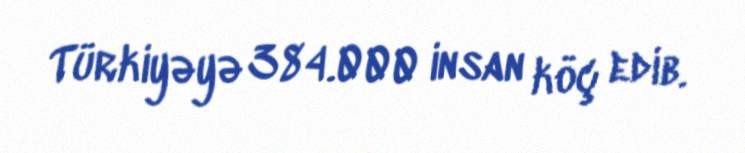
Türkiyəyə 384.000 insan köç edib.